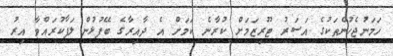
ހަމަނުޖެހުންތަކުގެ އަސަރު ޓޫރިޒަމަށް ކުރާނެ ކަމަށް އެ ދާއިރާގެ ބޭފުޅުން ލަފާކުރައްވާ އިރު